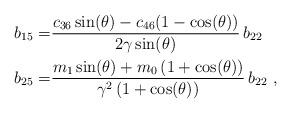
LaTeX: \begin{align*} b_{15} = &\frac{c_{36}\sin \! \left(\theta \right) -c_{46} (1- \cos \! \left(\theta \right))}{2 \gamma \sin \! \left(\theta \right)}\,b_{22} \\b_{25} = &\frac{ m_1\sin \! \left(\theta \right)+m_0 \left(1+ \cos \! \left(\theta \right)\right)}{\gamma^2\left(1+ \cos \! \left(\theta \right)\right) }\, b_{22}\ ,\end{align*}